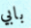
بابي